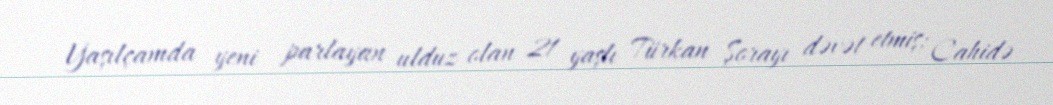
Yaşılçamda yeni parlayan ulduz olan 21 yaşlı Türkan Şorayı dəvət etmiş; Cahidə